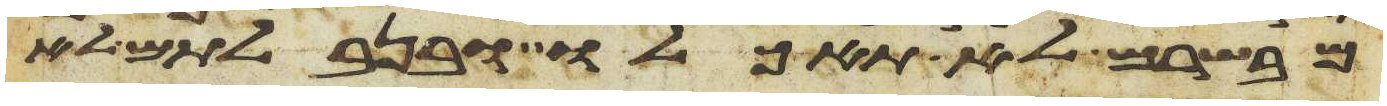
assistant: מבשרם לא תאכלו ובנבלתם לא